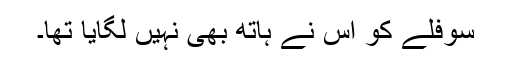
سوفلے کو اس نے ہاتھ بھی نہیں لگایا تھا۔